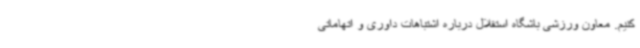
کنیم. معاون ورزشی باشگاه استقلال درباره اشتباهات داوری و اتهاماتی